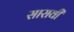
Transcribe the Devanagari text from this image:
सारावी